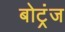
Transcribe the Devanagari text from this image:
बोट्रंज